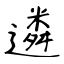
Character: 遴